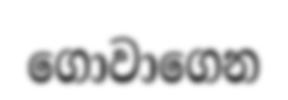
ගොවාගෙන